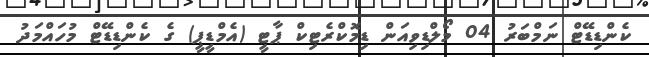
ކެންޑިޑޭޓް ނަމްބަރު 04 މޯލްޑިވިއަން ޑިމޮކްރެޓިކް ޕާޓީ (އެމްޑީޕީ) ގެ ކެންޑިޑޭޓް މުހައްމަދު